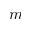
m